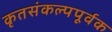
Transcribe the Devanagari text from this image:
कृतसंकल्पपूर्वक